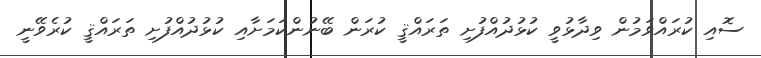
ސޮއި ކުރައްވަމުން ވިދާޅުވީ ކުޅުދުއްފުށި ތަރައްޤީ ކުރަން ބޭނުންކަމަށާއި ކުޅުދުއްފުށި ތަރައްޤީ ކުރެވޭނީ